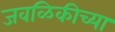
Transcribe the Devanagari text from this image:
जवळिकीच्या